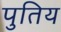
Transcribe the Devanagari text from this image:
पुतिय